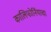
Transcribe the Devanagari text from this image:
कालिफोर्नियाचा